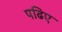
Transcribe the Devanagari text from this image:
पढिए